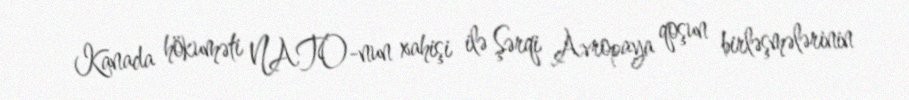
Kanada hökuməti NATO-nun xahişi ilə Şərqi Avropaya qoşun birləşmələrinin